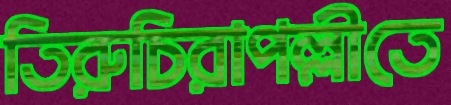
তিরুচিরাপল্লীতে